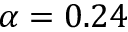
\alpha = 0 . 2 4